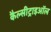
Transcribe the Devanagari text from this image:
कैल्सीट्राइऑल